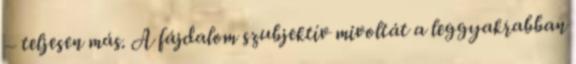
– teljesen más. A fájdalom szubjektív mivoltát a leggyakrabban